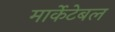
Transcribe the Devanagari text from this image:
मार्केटेबल